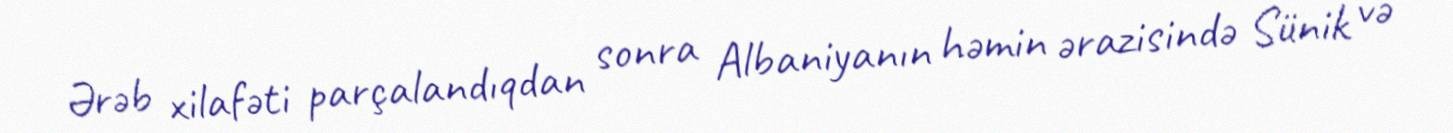
Ərəb xilafəti parçalandıqdan sonra Albaniyanın həmin ərazisində Sünik və